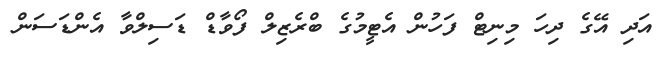
އަދި އޭގެ ދިހަ މިނިޓް ފަހުން އެޓީމުގެ ބްރެޒިލް ފޯވާޑް ޑަސިލްވާ އެންޑަސަން